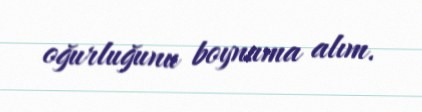
oğurluğunu boynuma alım.